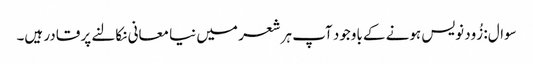
سوال: زُود نویس ہونے کے باوجود آپ ہر شعر میں نیا معانی نکالنے پر قادر ہیں۔